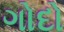
ગોદો